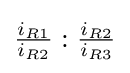
{\tfrac {i_{R1}}{i_{R2}}}:{\tfrac {i_{R2}}{i_{R3}}}